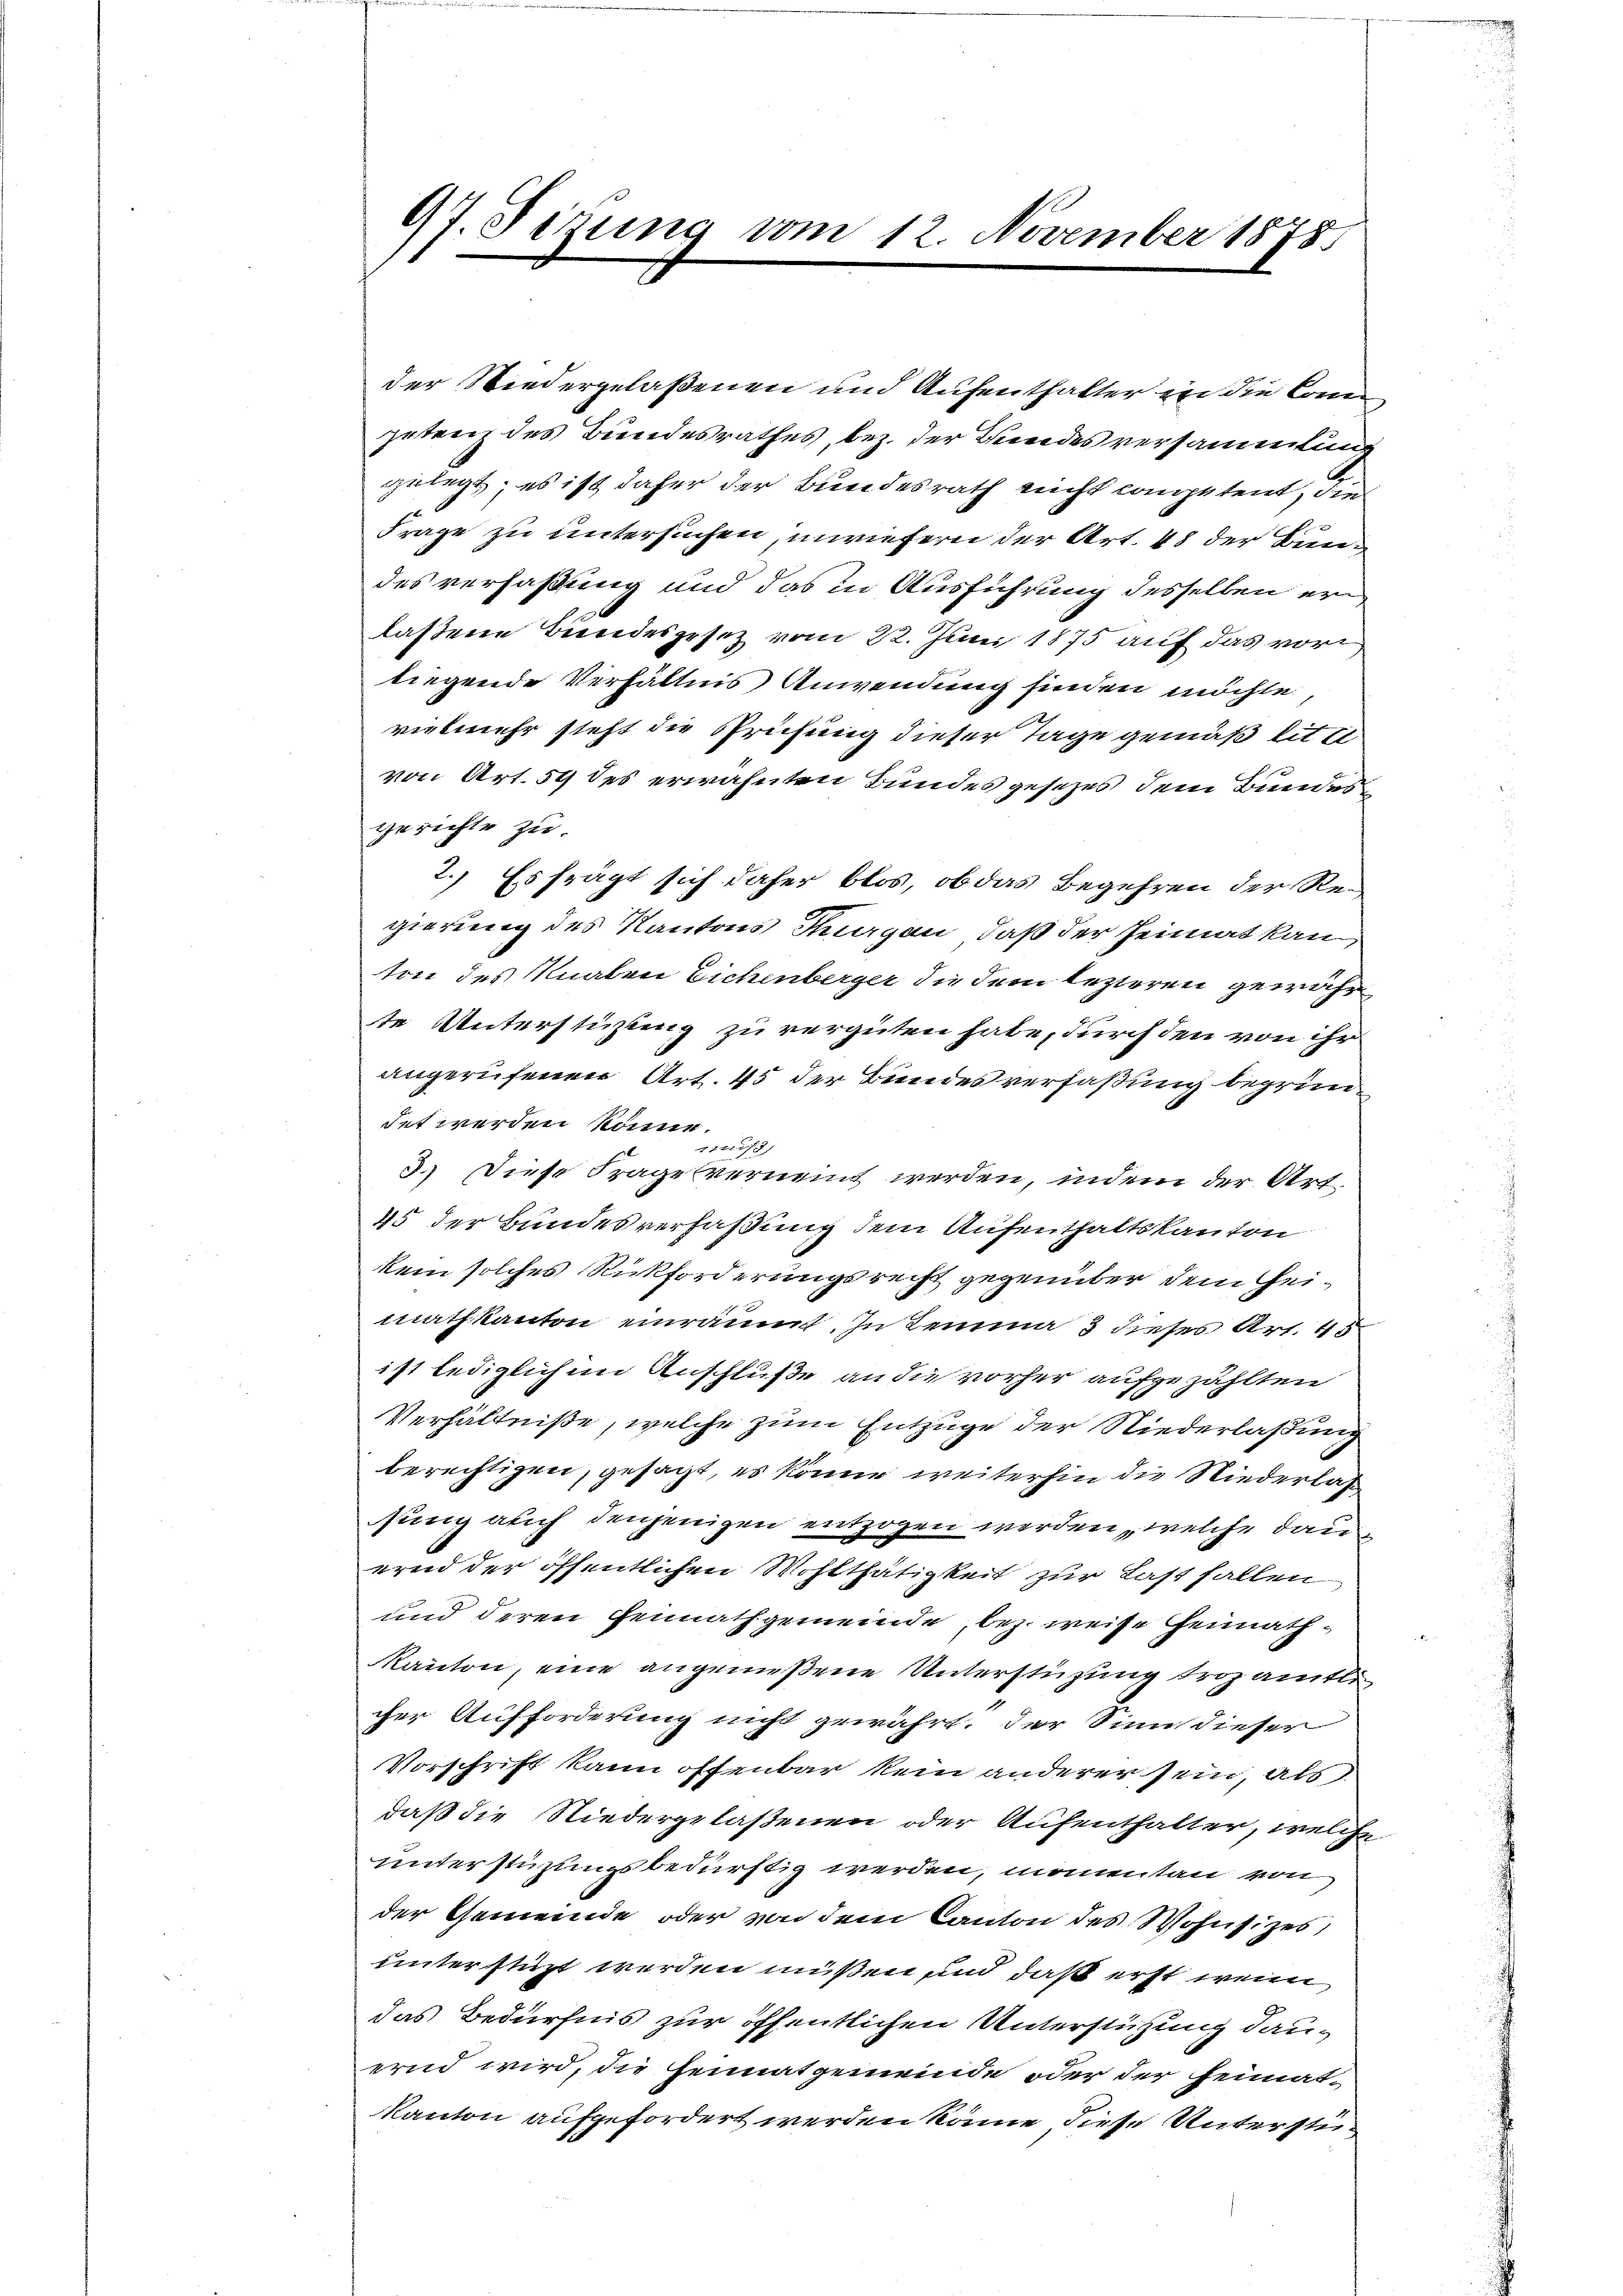
97. Sizung vom 12. November 1878

der Niedergelaßenen und Aufenthalter in die Competenz des Bundesrathes, bez. der Bundes versammlung
gelegt; es ist daher der Bundesrath nicht competent, die
Frage zu untersuchen, inwiefern der Art. 48 der Bund
des verfaßung und das in Ausführung desselben erlaßene Bundesgesez vom 22. Juni 1875 auf das vor
liegende Verhältnis Anwendung finden möchte,
vielmehr steht die Sprichung dieser Tage gemäß lit e
von Art. 54 des erwähnten Bundes gesezes dem Bundes
gerichte zu.
2. Es frägt sich daher blos, ob das Begehren der Regierung des Kantons Tagen, daß der Heimat kan
ton des Knaben Eichenberger die dem lezteren gewähr
te Unterstüzung zu vergüten habe, durch den von ihr
angerufenen Art. 45 der Bundesverfaßung begründet werden könne.
11227)
3.) Diese Frage verneint werden, indem der Art.
45 der Bundesverfaßung dem Aufenthaltskanton
kein solches Rückforderungsrecht gegenüber dem Heimathkanton einräumt. In Lemma 3 dieses Art. 45
ist lediglichen Anschluße an die vorher aufgezählten
Verhältniße, welche zum Entzuge der Niederlaßung
berechtigen, gesagt, es könne weiterhin die Niederlassung auch denjenigen entzogen werden, welche danven der öffentlichen Wohlthätigkeit zur Last fallen
und deren Heimathgemeinde, bez. weise Heimath¬
Kanton, eine angenießene Unterstüzung trozamtli
cher Aufforderung nicht gewährt. Der Sinn dieser
Vorschrift kann offenbar kein anderer sein, als
daß die Niedergelaßenen oder Aufenthalter, welche
unterstüzungsbedürftig werden, manentan von
der Gemeinde oder von dem Kanton des Wohnsitzes,
unterstüzt werden müßen und daß erst wenn
das Bedürfnis zur öffentlichen Unterstützung dauernd wird, die Heimatgemeinde oder der Heimat-
Kanton aufgefordert werden könne, diese Unterstü¬